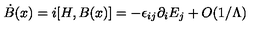
\dot { B } ( x ) = i [ H , B ( x ) ] = - \epsilon _ { i j } \partial _ { i } E _ { j } + O ( 1 / \Lambda )